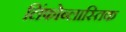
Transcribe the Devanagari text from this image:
लिंफोब्लास्तिक